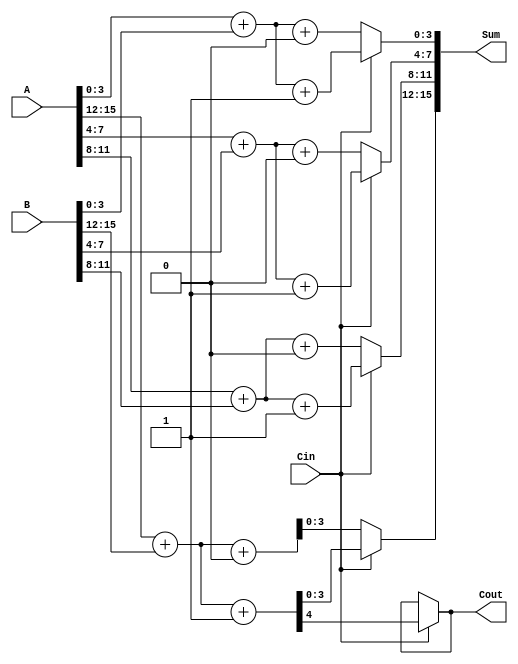
module CSLA #(parameter N = 16) (
    input  wire [N-1:0] A,        // First n-bit input
    input  wire [N-1:0] B,        // Second n-bit input
    input  wire Cin,               // Carry-in for LSB
    output wire [N-1:0] Sum,       // n-bit sum output
    output wire Cout               // Carry-out from the MSB
);
    localparam N_BLOCKS = N / 4; // Number of 4-bit blocks
    wire [N_BLOCKS-1:0] C0, C1;   // Carry out for carry-in = 0 and 1
    wire [N_BLOCKS-1:0] S0[N_BLOCKS-1:0]; // Sum when carry-in = 0
    wire [N_BLOCKS-1:0] S1[N_BLOCKS-1:0]; // Sum when carry-in = 1

    // Generate 4-bit blocks
    genvar i;
    generate
        for (i = 0; i < N_BLOCKS; i = i + 1) begin : block
            wire [3:0] A_block = A[4*i +: 4];
            wire [3:0] B_block = B[4*i +: 4];
            wire Cin_block = (i == 0) ? Cin : C0[i-1]; // Carry-in for each block

            // Compute Sum and Carry for both carry-in cases
            assign {C0[i], S0[i]} = A_block + B_block + 4'b0000; // Carry-in = 0
            assign {C1[i], S1[i]} = A_block + B_block + 4'b0001; // Carry-in = 1
        end
    endgenerate

    // Select the appropriate sum and carry-out for each block
    wire [N-1:0] S_selected;
    generate
        for (i = 0; i < N_BLOCKS; i = i + 1) begin : select
            assign S_selected[4*i +: 4] = (Cin == 0) ? S0[i] : S1[i];
            assign C0[i] = (Cin == 0) ? C0[i] : C1[i]; // Carry-out based on previous block
        end
    endgenerate

    // Final outputs
    assign Sum = S_selected;
    assign Cout = C0[N_BLOCKS-1];

endmodule